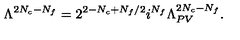
\Lambda ^ { 2 N _ { c } - N _ { f } } = 2 ^ { 2 - N _ { c } + N _ { f } / 2 } i ^ { N _ { f } } \Lambda _ { P V } ^ { 2 N _ { c } - N _ { f } } .